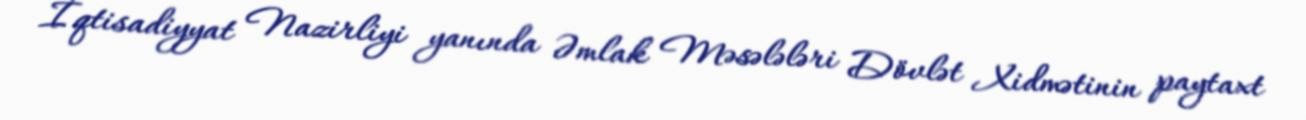
İqtisadiyyat Nazirliyi yanında Əmlak Məsələləri Dövlət Xidmətinin paytaxt